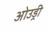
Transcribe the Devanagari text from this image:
ओउड्री